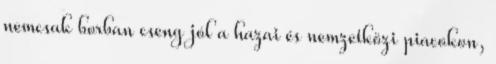
nemcsak borban cseng jól a hazai és nemzetközi piacokon,